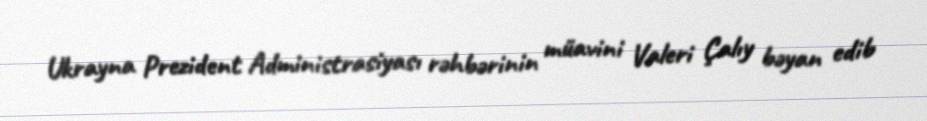
Ukrayna Prezident Administrasiyası rəhbərinin müavini Valeri Çalıy bəyan edib